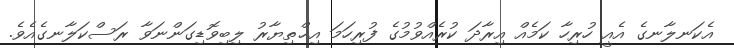
އެކަނލާނގެ އެއީ ހުރިހާ ކަމެއް އިރާދަ ކުރެއްވުމުގެ ފުރިހަމަ އިޚްތިޔާރު ލިބިވޮޑިގަންނަވާ ރަސްކަލާނގެއެވެ.